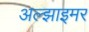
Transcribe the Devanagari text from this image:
अल्‍झाइमर